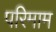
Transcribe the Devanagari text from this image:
परिमाम